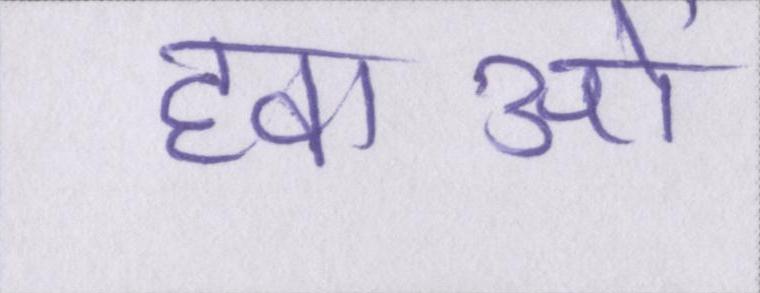
हवाओं